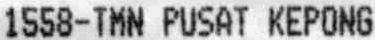
1558-TMN PUSAT KEPONG